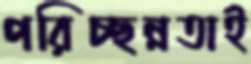
পরিচ্ছন্নতাই